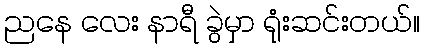
ညနေ လေး နာရီ ခွဲမှာ ရုံးဆင်းတယ်။